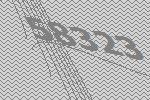
58323